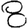
Digit: 8